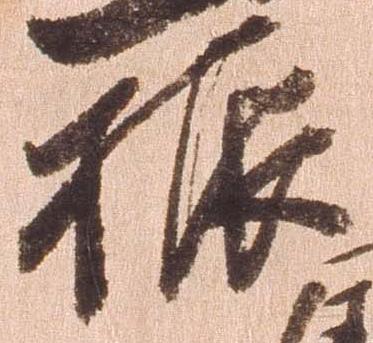
振